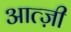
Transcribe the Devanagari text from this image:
आत्ज़ी